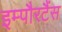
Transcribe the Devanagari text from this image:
इम्पौरटैंस